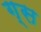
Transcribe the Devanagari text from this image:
ग्स